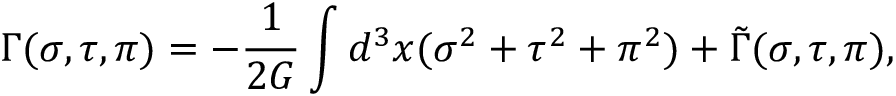
\Gamma ( \sigma , \tau , \pi ) = - \frac { 1 } { 2 G } \int d ^ { 3 } x ( \sigma ^ { 2 } + \tau ^ { 2 } + \pi ^ { 2 } ) + \tilde { \Gamma } ( \sigma , \tau , \pi ) ,